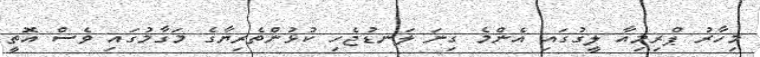
މިހާރު ޕްރިމިއާ ލީގުގައި އެންމެ ގިނަ ލަނޑުޖެހި ކުޅުންތެރިޔާގެ މަގާމުގައި ވެސް އޮތީ